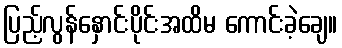
ပြည့်လွန်နှောင်းပိုင်းအထိမ ကောင်းခဲ့ချေ။